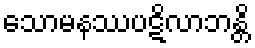
သောမနဿပဋိလာဘန္တိ